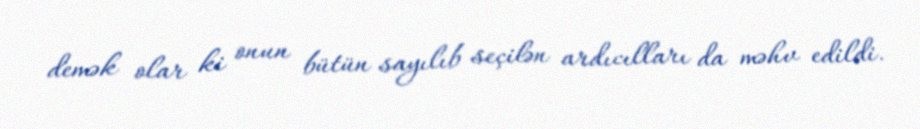
demək olar ki onun bütün sayılıb seçilən ardıcılları da məhv edildi.